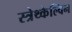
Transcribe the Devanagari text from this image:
स्त्रेथ्केल्विन